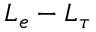
L _ { e } - L _ { \tau }